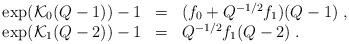
LaTeX: \begin{align*}\begin{array}{rcl}\exp({\cal K}_{0}(Q-1))-1&=&(f_{0}+Q^{-1/2}f_{1})(Q-1)\;,\\\exp({\cal K}_{1}(Q-2))-1&=&Q^{-1/2}f_{1}(Q-2)\;.\end{array} \end{align*}